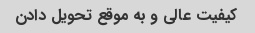
کیفیت عالی و به موقع تحویل دادن